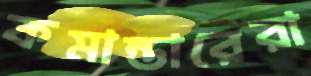
কমান্ডারেরা